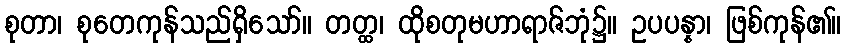
စုတာ၊ စုတေကုန်သည်ရှိသော်။ တတ္ထ၊ ထိုစတုမဟာရာဇ်ဘုံ၌။ ဥပပန္နာ၊ ဖြစ်ကုန်၏။